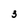
Character: 3